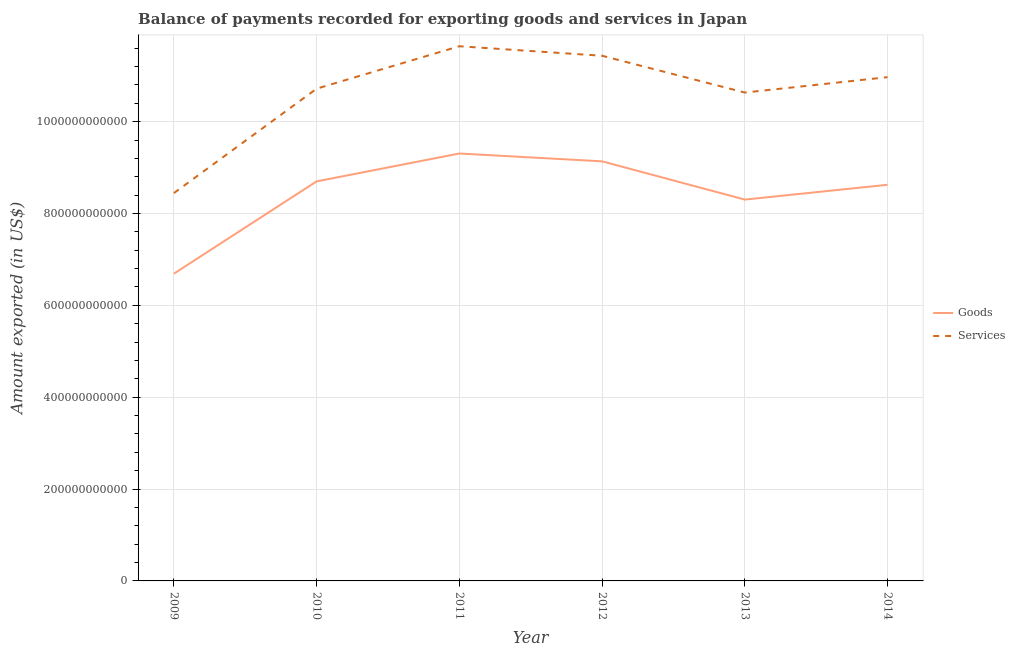
| Year | Goods | Services |
 | --- | --- | --- |
 | 2009 | 6.69e+11 | 8.45e+11 |
 | 2010 | 8.7e+11 | 1.07e+12 |
 | 2011 | 9.31e+11 | 1.16e+12 |
 | 2012 | 9.14e+11 | 1.14e+12 |
 | 2013 | 8.3e+11 | 1.06e+12 |
 | 2014 | 8.63e+11 | 1.1e+12 |